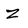
Character: Z